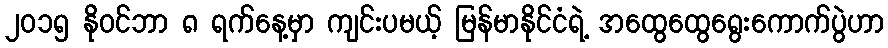
၂ဝ၁၅ နိုဝင်ဘာ ၈ ရက်နေ့မှာ ကျင်းပမယ့် မြန်မာနိုင်ငံရဲ့ အထွေထွေရွေးကောက်ပွဲဟာ